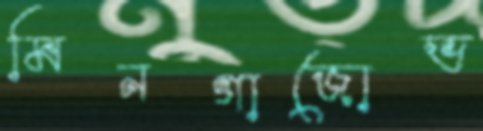
মিনগাজোভ